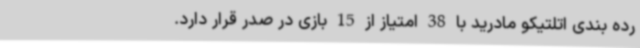
رده بندی اتلتیکو مادرید با 38 امتیاز از 15 بازی در صدر قرار دارد.